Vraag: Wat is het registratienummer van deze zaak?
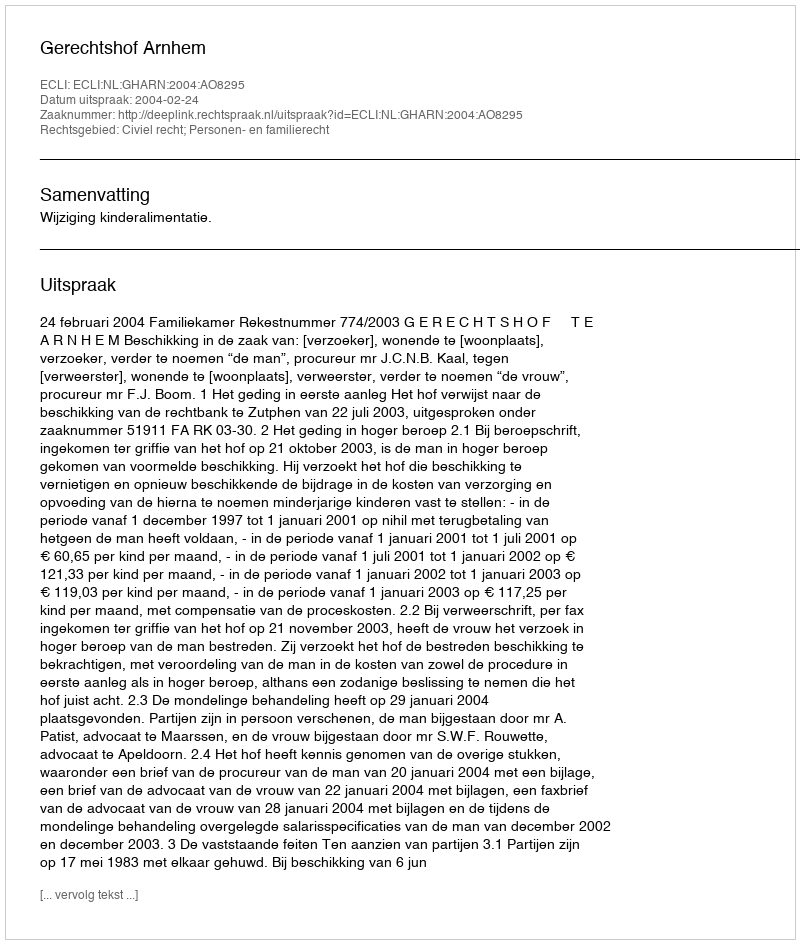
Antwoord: http://deeplink.rechtspraak.nl/uitspraak?id=ECLI:NL:GHARN:2004:AO8295